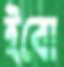
ইবো